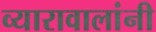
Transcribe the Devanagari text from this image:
व्यारावालांनी